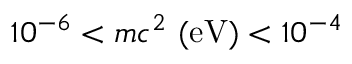
1 0 ^ { - 6 } < m c ^ { 2 } \mathrm { \ ( e V ) } < 1 0 ^ { - 4 }